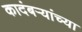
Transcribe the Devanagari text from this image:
कादंबऱ्यांच्या